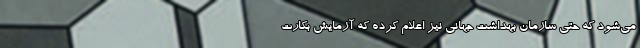
می‌شود که حتی سازمان بهداشت جهانی نیز اعلام کرده که آزمایش بکارت